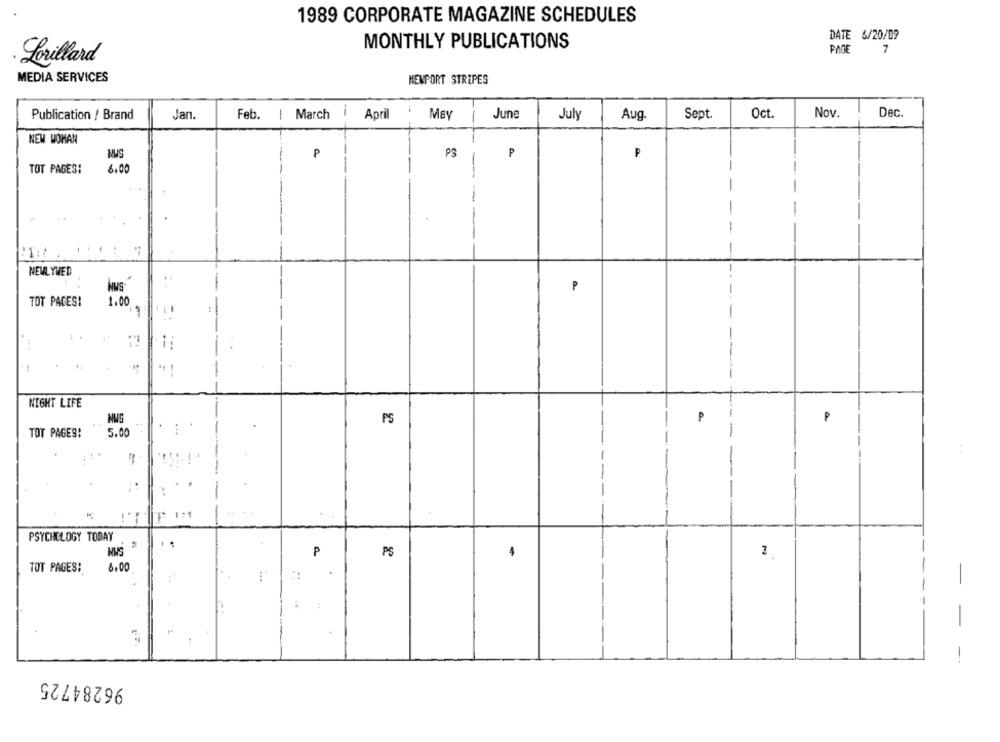
1989 CORPORATE MAGAZINE SCHEDULES
DATE 6/20/09
MONTHLY PUBLICATIONS
PAGE
7
Lorillard
MEDIA SERVICES
NEWPORT STRIPES
Publication / Brand
Jan.
Feb.
1
March
i
April
May
June
July
Aug.
Sept.
Oct.
Nov.
Dec.
NEW WOMAN
NWS
P
PS
₱
P
TOT PAGES:
6,00
NEWLYWED
Nws
P
TOT PACES!
1.00
NIGHT LIFE
PS
P
P
TOT PAGES!
5.00
. 1
PSYCHOLOGY TODAY
P
PS
TOT PAGES:
6,00
-
--
96284725